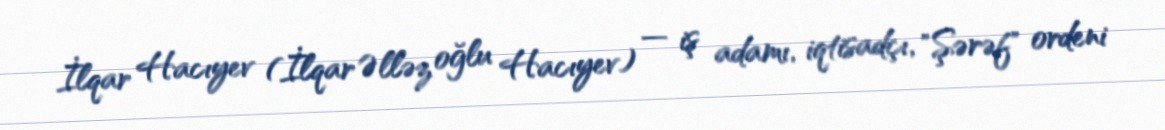
İlqar Hacıyev (İlqar Əlləz oğlu Hacıyev) — iş adamı, iqtisadçı, "Şərəf" ordeni